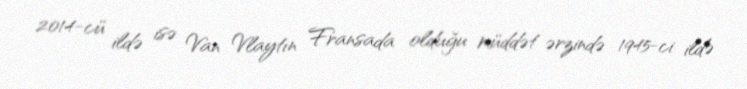
2014-cü ildə isə Van Vlaytın Fransada olduğu müddət ərzində 1945-ci ildə